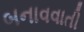
બનાવવાતી